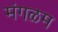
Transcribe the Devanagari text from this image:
मंगळम